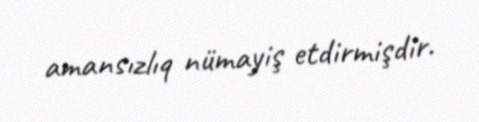
amansızlıq nümayiş etdirmişdir.